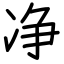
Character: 净